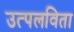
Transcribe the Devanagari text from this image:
उत्पलविता